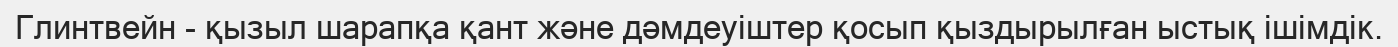
Глинтвейн - қызыл шарапқа қант және дәмдеуіштер қосып қыздырылған ыстық ішімдік.